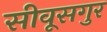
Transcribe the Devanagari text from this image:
सीवूसगुर